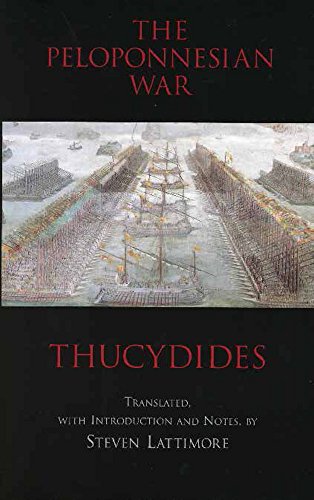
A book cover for The Peloponnesian War; Thucydides; History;